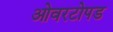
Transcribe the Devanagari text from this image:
ओवरटोपड